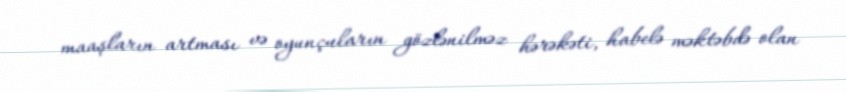
maaşların artması və oyunçuların gözlənilməz hərəkəti, habelə məktəbdə olan